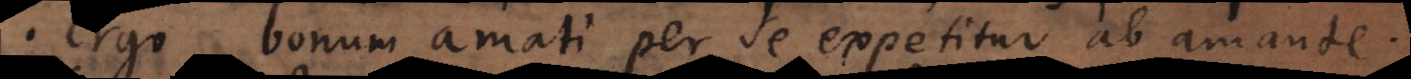
· Ergo bonum amati per se expetitur ab amante.